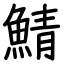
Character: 鯖